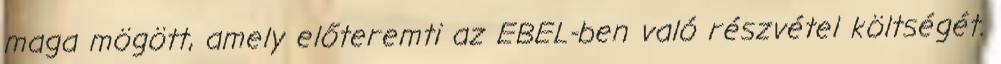
maga mögött, amely előteremti az EBEL-ben való részvétel költségét.